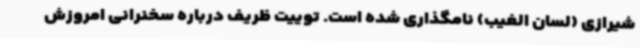
شیرازی (لسان الغیب) نامگذاری شده است. توییت ظریف درباره سخنرانی امروزش